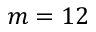
m = 1 2